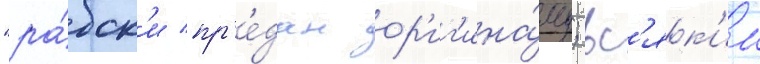
"ра́бск'и пр'е́дан ор'иг'ина́лу; вс'як'ии